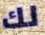
لك